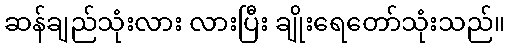
ဆန်ချည်သုံးလား လားပြီး ချိုးရေတော်သုံးသည်။